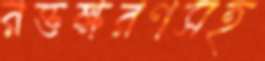
রক্তক্ষরণসহ